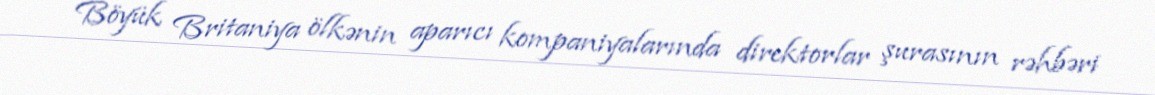
Böyük Britaniya ölkənin aparıcı kompaniyalarında direktorlar şurasının rəhbəri